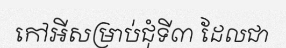
កៅអីសម្រាប់ជុំទី៣ ដែលជា